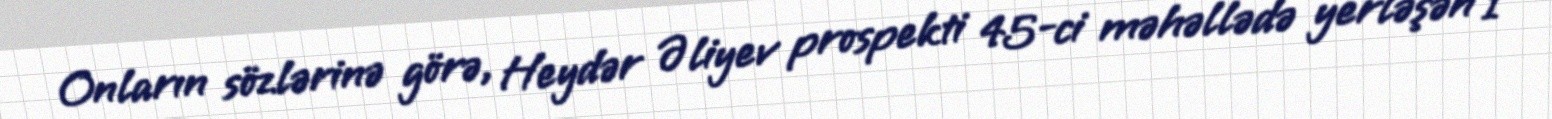
Onların sözlərinə görə, Heydər Əliyev prospekti 45-ci məhəllədə yerləşən 1